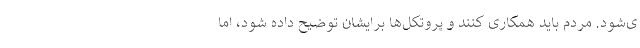
ی‌شود. مردم باید همکاری کنند و پروتکل‌ها برایشان توضیح داده شود، اما